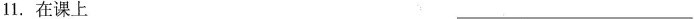
11.在课上___